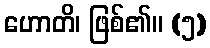
ဟောတိ၊ ဖြစ်၏။ (၅)